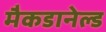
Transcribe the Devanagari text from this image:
मैकडानेल्ड